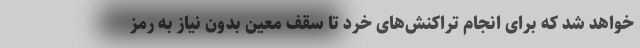
خواهد شد که برای انجام تراکنش‌های خرد تا سقف معین بدون نیاز به رمز